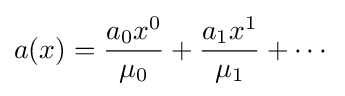
a(x)={\frac {a_{0}x^{0}}{\mu _{0}}}+{\frac {a_{1}x^{1}}{\mu _{1}}}+\cdots